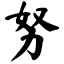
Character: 努